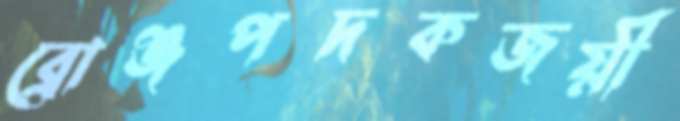
ব্রোঞ্জপদকজয়ী